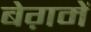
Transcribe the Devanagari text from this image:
बेग़में